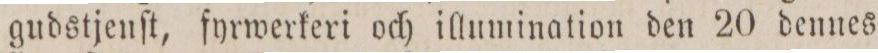
gudstjenſt, fyrwerkeri och illumination den 20 dennes